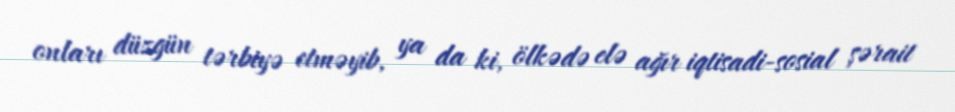
onları düzgün tərbiyə etməyib, ya da ki, ölkədə elə ağır iqtisadi-sosial şərait